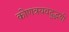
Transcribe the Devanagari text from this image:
कोणत्रयवदुद्भवी